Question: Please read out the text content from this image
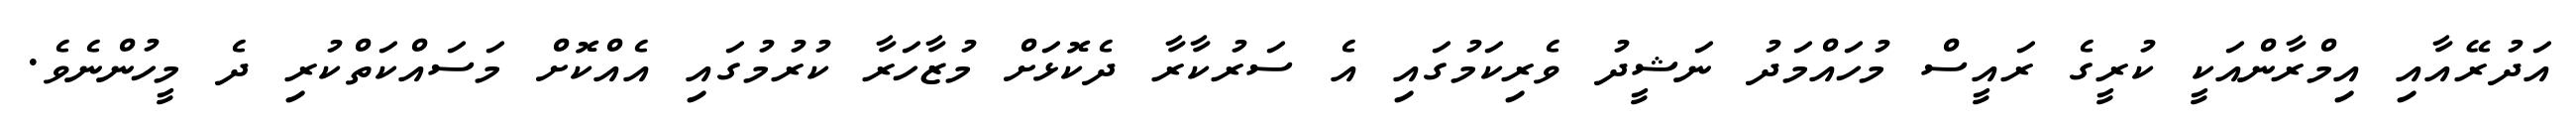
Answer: އަދުރޭއާއި އިމްރާންއަކީ ކުރީގެ ރައީސް މުހައްމަދު ނަޝީދު ވެރިކަމުގައި އެ ސަރުކާރާ ދެކޮޅަށް މުޒާހަރާ ކުރުމުގައި އެއްކޮށް މަސައްކަތްކުރި ދެ މީހުންނެވެ.